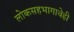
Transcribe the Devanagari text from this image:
लोकसहभागाचेही